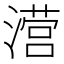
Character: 𰝅